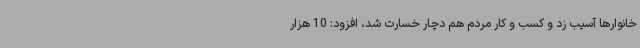
خانوارها آسیب زد و کسب و کار مردم هم دچار خسارت شد، افزود:‌ 10 هزار